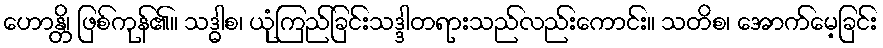
ဟောန္တိ၊ ဖြစ်ကုန်၏။ သဒ္ဓါစ၊ ယုံကြည်ခြင်းသဒ္ဒါတရားသည်လည်းကောင်း။ သတိစ၊ အောက်မေ့ခြင်း